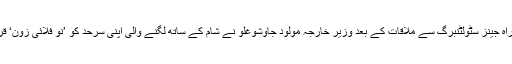
انقرہ میں نیٹو کے نئے سربراہ جینز سٹولٹنبرگ سے ملاقات کے بعد وزیر خارجہ مولود جاوشوغلو نے شام کے ساتھ لگنے والی اپنی سرحد کو ’نو فلائی زون‘ قرار دینے کا بھی مطالبہ کیا۔